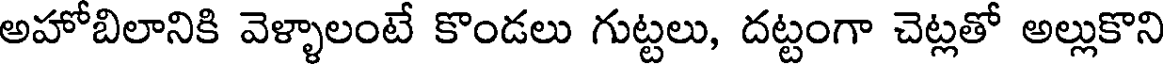
అహోబిలానికి వెళ్ళాలంటే కొండలు గుట్టలు, దట్టంగా చెట్లతో అల్లుకొని